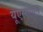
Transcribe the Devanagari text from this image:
यूएसएएन